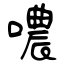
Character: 噥